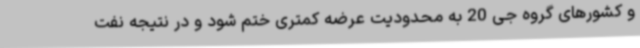
و کشورهای گروه جی 20 به محدودیت عرضه کمتری ختم شود و در نتیجه نفت